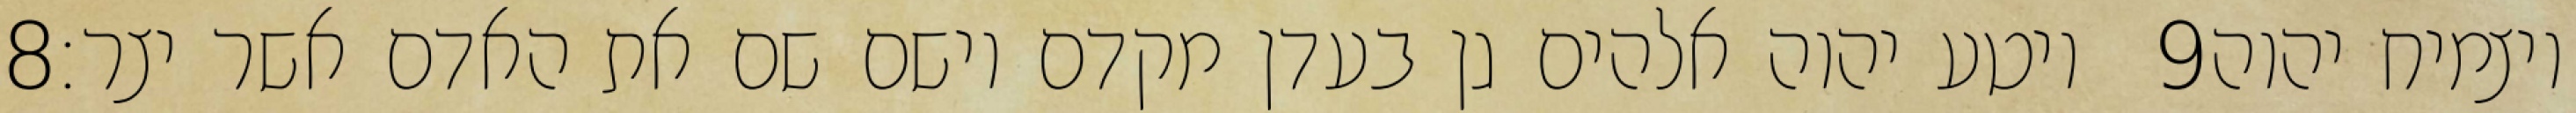
‎8‏ ויטע יהוה אלהים גן בעדן מקדם וישם שם את האדם אשר יצר׃ ‎9‏ ויצמיח יהוה